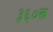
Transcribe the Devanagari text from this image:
३६०रू